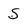
Character: S